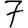
Digit: 7